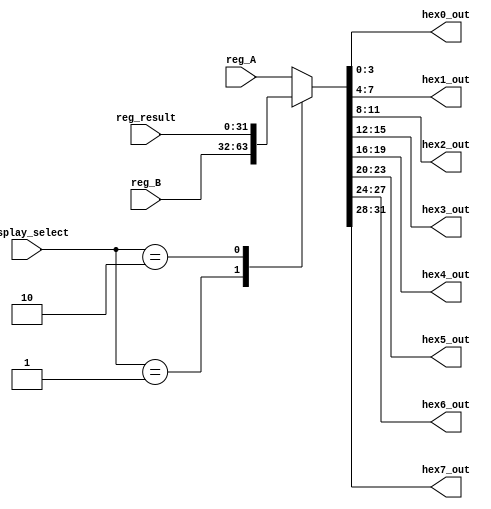
module displaymux (input [1:0] display_select,
					input [31:0] reg_A, reg_B, reg_result,
					output reg [3:0] hex0_out, hex1_out, hex2_out, hex3_out, hex4_out, hex5_out, hex6_out, hex7_out);
					
					
	reg [31:0] selected_reg;
	
	// Assigns mux output 
	always @(*) begin
		case (display_select)
			2'b00 : selected_reg = reg_A;
			2'b01 : selected_reg = reg_B;
			2'b10 : selected_reg = reg_result;
			default : selected_reg = reg_A;
		endcase
	
	// Splits BCD string into individual digits for each hex display.
	 hex0_out = selected_reg[3:0];
	 hex1_out = selected_reg[7:4];
	 hex2_out = selected_reg[11:8];
	 hex3_out = selected_reg[15:12];
	 hex4_out = selected_reg[19:16];
	 hex5_out = selected_reg[23:20];
	 hex6_out = selected_reg[27:24];
	 hex7_out = selected_reg[31:28];
	
	end
	
	
endmodule